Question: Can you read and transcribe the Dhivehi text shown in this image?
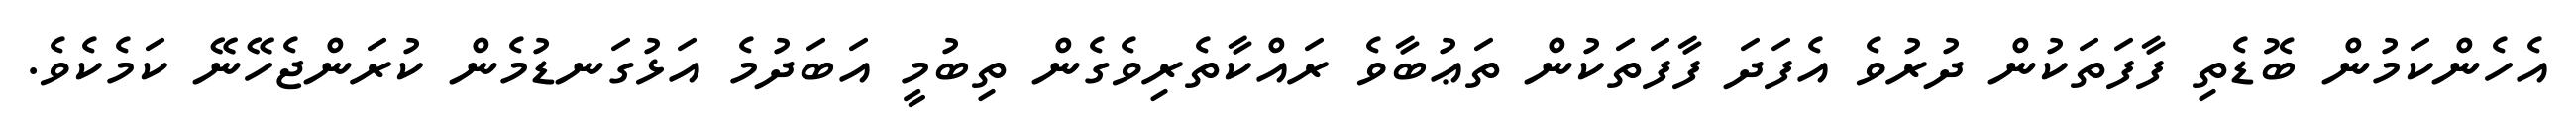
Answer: އެހެންކަމުން ބޮޑެތި ފާފަތަކުން ދުރުވެ އެފަދަ ފާފަތަކުން ތަޢުބާވެ ރައްކާތެރިވެގެން ތިބުމީ އަބަދުމެ އަޅުގަނޑުމެން ކުރަންޖެހޭނޭ ކަމެކެވެ.